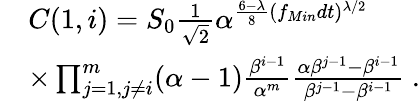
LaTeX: \begin{array}{rl}&{C(1,i)=S_{0}\frac{1}{\sqrt{2}}\alpha^{\frac{6-\lambda}{8}(f_{Min}dt)^{\lambda/2}}}\\ &{\times\prod_{j=1,j\ne i}^{m}(\alpha-1)\frac{\beta^{i-1}}{\alpha^{m}}\frac{\alpha\beta^{j-1}-\beta^{i-1}}{\beta^{j-1}-\beta^{i-1}}\ .}\end{array}